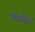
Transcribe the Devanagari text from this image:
छिद्रिष्ठ